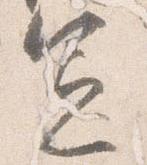
憲